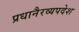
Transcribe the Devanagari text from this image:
प्रधानैरव्यपदेश